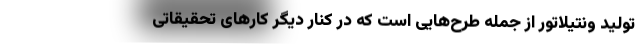
تولید ونتیلاتور از جمله طرح‌هایی است که در کنار دیگر کارهای تحقیقاتی